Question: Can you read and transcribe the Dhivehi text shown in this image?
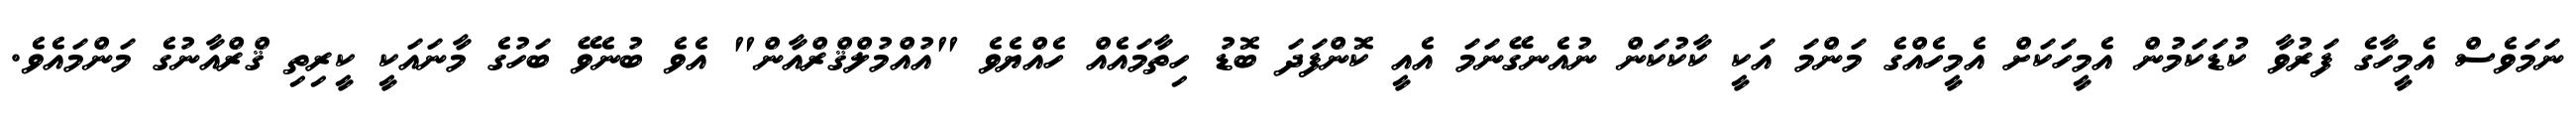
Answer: ނަމަވެސް އެމީހާގެ ފަރުވާ ކުޑަކަމުން އެމީހަކަށް އެމީހެއްގެ މަންމަ އަކީ ކާކުކަން ނުއެނގޭނަމަ އެއީ ކޮންފަދަ ބޮޑު ހިތާމައެއް ހެއްޔެވެ "އުއްމުލްޤްރްއާން" އެވެ ބުނެވޭ ބަހުގެ މާނައަކީ ކީރިތި ޤްރްއާނުގެ މަންމައެވެ.